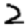
Digit: 2